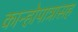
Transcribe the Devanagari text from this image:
कान्होपात्रासह